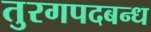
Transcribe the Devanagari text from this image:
तुरगपदबन्ध